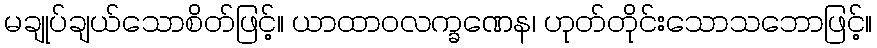
မချုပ်ချယ်သောစိတ်ဖြင့်။ ယာထာဝလက္ခဏေန၊ ဟုတ်တိုင်းသောသဘောဖြင့်။